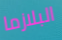
البلازما